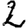
Digit: 2